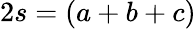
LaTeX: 2s=(a+b+c)